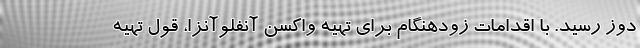
دوز رسید. با اقدامات زودهنگام برای تهیه واکسن آنفلوآنزا، قول تهیه‌